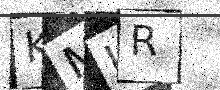
Text: KMUR